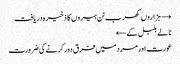
→ ہزاروں کھرب ٹن ہیروں کا ذخیرہ دریافت
نالے بلبل کے ←
عورت اور مرد میں فرق دور کرنے کی ضرورت